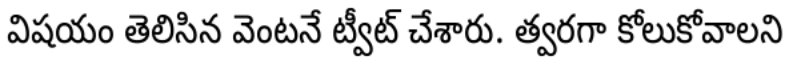
విషయం తెలిసిన వెంటనే ట్వీట్ చేశారు. త్వరగా కోలుకోవాలని